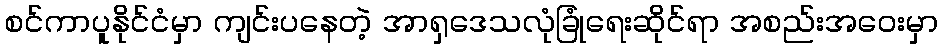
စင်ကာပူနိုင်ငံမှာ ကျင်းပနေတဲ့ အာရှဒေသလုံခြုံရေးဆိုင်ရာ အစည်းအဝေးမှာ